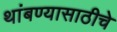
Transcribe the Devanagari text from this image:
थांबण्यासाठीचे